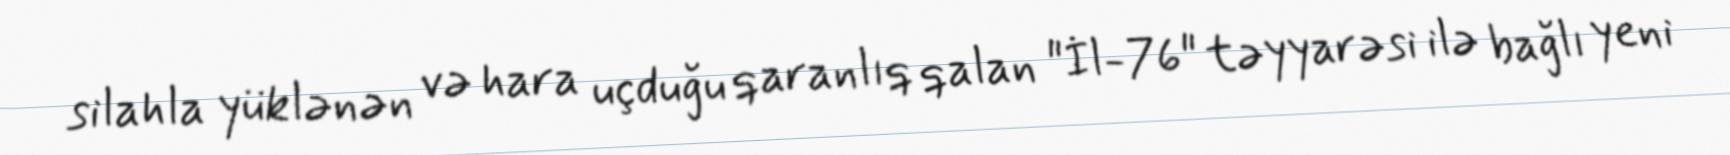
silahla yüklənən və hara uçduğu qaranlıq qalan "İl-76" təyyarəsi ilə bağlı yeni